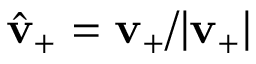
\hat { \bf v } _ { + } = { \bf v } _ { + } / | { \bf v } _ { + } |